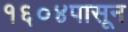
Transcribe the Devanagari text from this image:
१६०४पासून